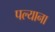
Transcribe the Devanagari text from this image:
पल्याना